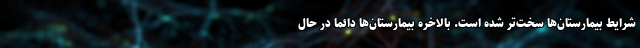
شرایط بیمارستان‌ها سخت‌تر شده است. بالاخره بیمارستان‌ها دائما در حال